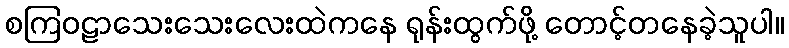
စကြဝဠာသေးသေးလေးထဲကနေ ရုန်းထွက်ဖို့ တောင့်တနေခဲ့သူပါ။